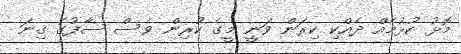
މޮޅު ކުޅުމެއް ދެއްކި ކިރަން ވަނީ މީގެ ކުރިން ވެސް ސާފުގެ ގިނަ